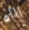
اااه